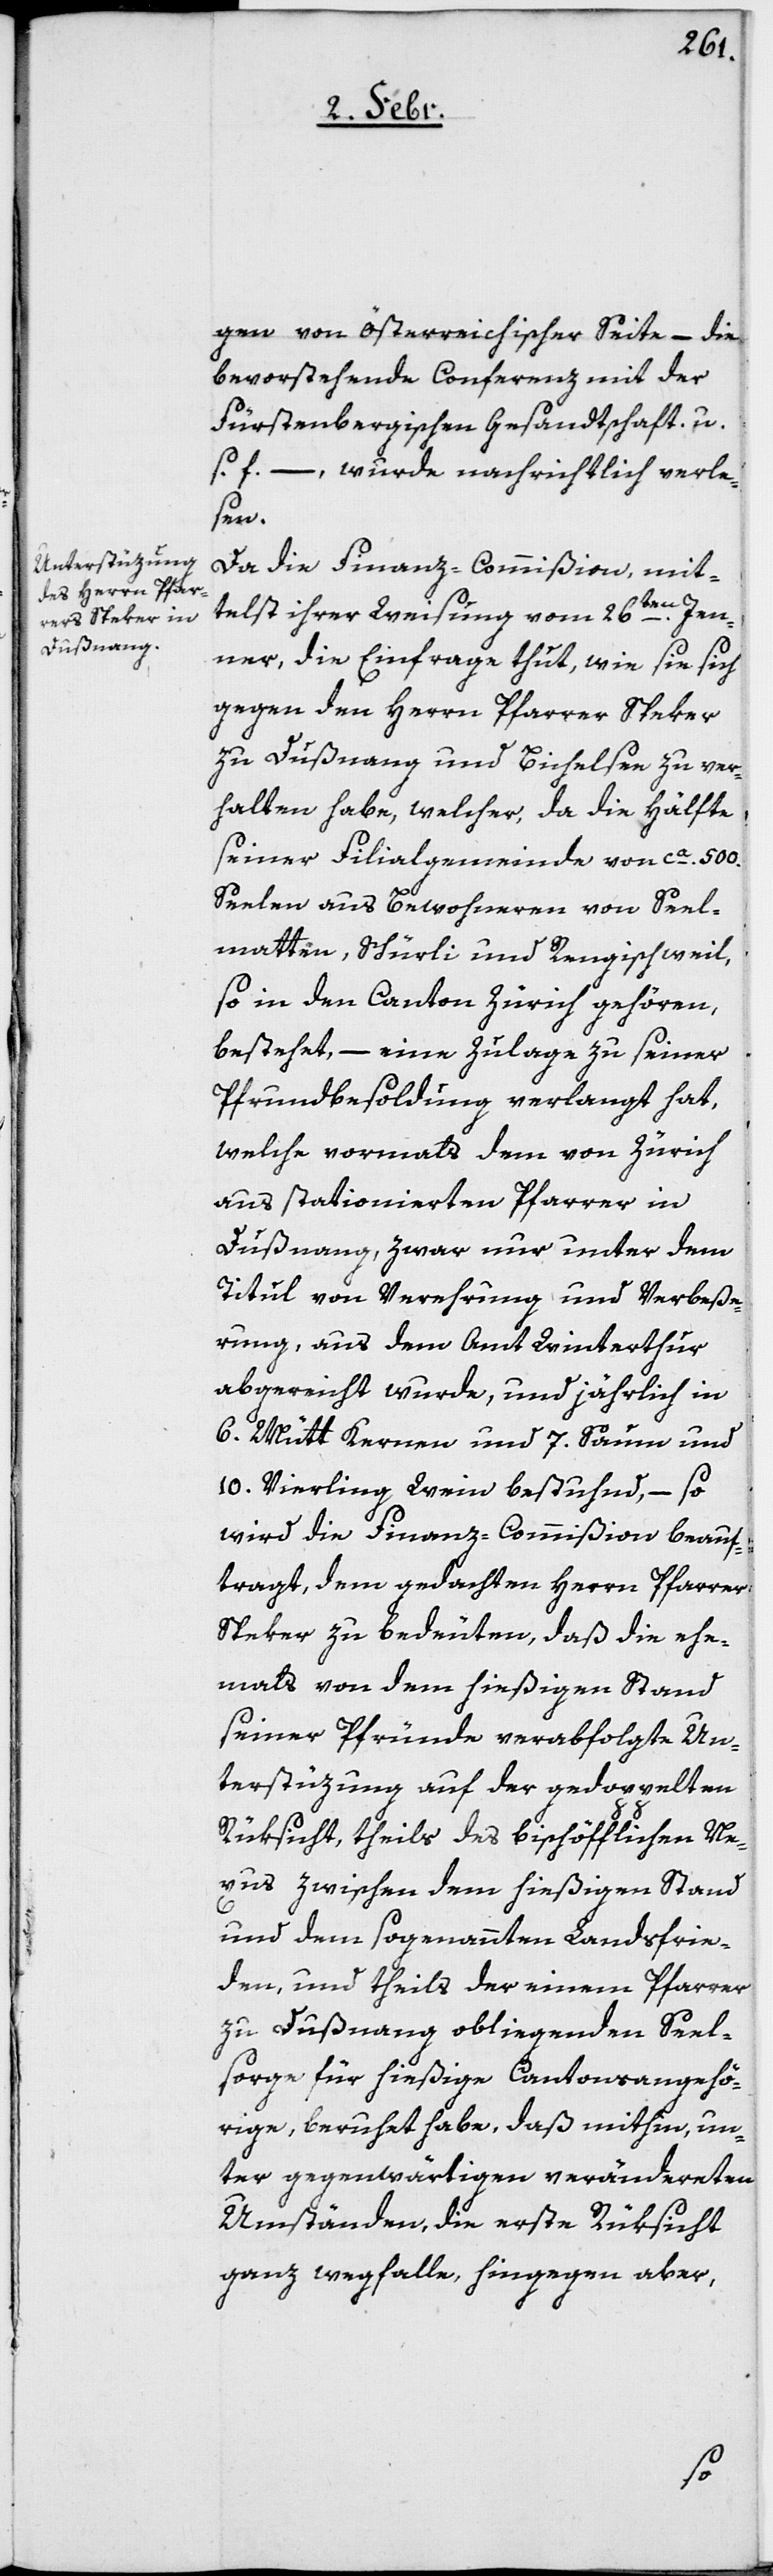
gen von österreichischer Seite – die
bevorstehende Conferenz mit der
Fürstenbergischen Gesandtschaft u.
s. f. –, wurde nachrichtlich verle¬
sen.
Da die Finanz-Commißion mit¬
telst ihrer Weisung vom 26ten. Jen¬
ner, die Einfrage thut, wie sie sich
gegen den Herrn Pfarrer Speker
zu Dußnang und Bichelsee zu ver¬
halten habe, welcher, da die Hälfte
seiner Filialgemeinde von ca. 500.
Seelen aus Bewohneren von Seel¬
matten, Schürli und Rengischweil,
so in den Canton Zürich gehören,
bestehet, – eine Zulage zu seiner
Pfrundbesoldung verlangt hat,
welche vormals dem von Zürich
aus stationierten Pfarrer in
Dußnang, zwar nur unter dem
Titul von Verehrung und Verbeße¬
rung aus dem Amt Winterthur
abgereicht wurde, und jährlich in
6 .Mütt Kernen und 7 .Saum und
10. Vierling Wein bestehend, – so
wird die Finanz-Commißion beauf¬
tragt, dem gedachten Herrn Pfarrer
Speker zu bedeuten, daß die ehe¬
mals von dem hießigen Stand
seiner Pfründe verabfolgte Un¬
terstüzung auf der gedoppelten
Rüksicht, theils des bischöfflichen Ne¬
xus zwischen dem hießigen Stand
und dem sogenannten Landsfrie¬
den, und theils der einem Pfarrer
zu Dußnang obliegenden Seel¬
sorge für hießige Cantonsangehö¬
rige, beruhet habe, daß mithin, un¬
ter gegenwärtigen verändereten
Umständen, die erste Rüksicht
ganz wegfalle, hingegen aber,